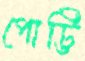
পোট্টি